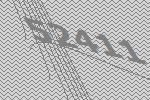
52411